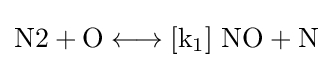
{{\text{N2}}{}+{}\mathrm {O} {}\mathrel {\longleftrightarrow } {}[\mathrm {k} {\vphantom {A}}_{\smash[{t}]{1}}]~{\text{NO}}{}+{}{\text{N}}}